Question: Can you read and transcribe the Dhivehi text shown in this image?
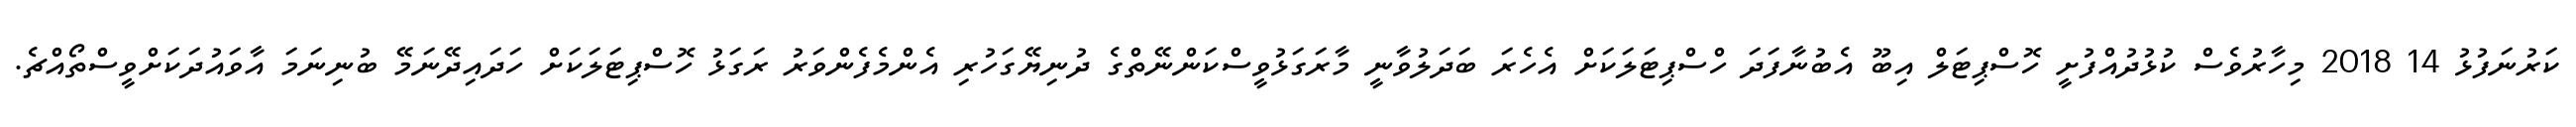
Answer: ކަރުނަފުޅު 14 2018 މިހާރުވެސް ކުޅުދުއްފުށީ ހޮސްޕިޓަލް އިބޫ އެބުނާފަދަ ހްސްޕިޓަލަކަށް އެހެރަ ބަދަލުވާނީ މާރަގަޅުވީސްކަންނޭތްގެ ދުނިޔޭގަހުރި އެންމެފެންވަރު ރަގަޅު ހޮސްޕިޓަލަކަށް ހަދައިދޭނަމޭ ބުނިނަމަ އާވައުދަކަށްވީސްތޯއްޗެ.